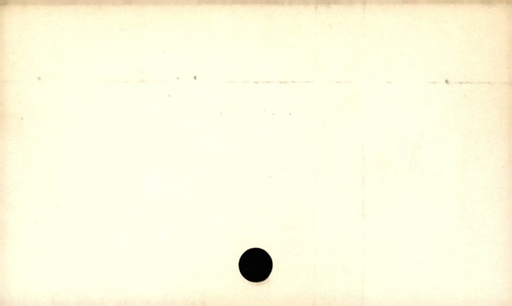
Label: blank